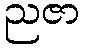
ညဇာ